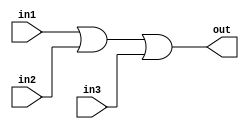
module or3(out, in1, in2, in3);
input in1, in2, in3;
output out;
assign out = in1 | in2 | in3;
endmodule